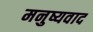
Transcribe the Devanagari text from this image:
मनुष्यवाद